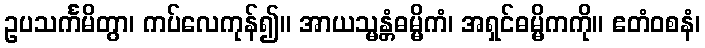
ဥပသင်္ကမိတွာ၊ ကပ်လေကုန်၍။ အာယသ္မန္တံဓမ္မိကံ၊ အရှင်ဓမ္မိကကို။ ဧတံဝစနံ၊